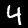
Label: 4